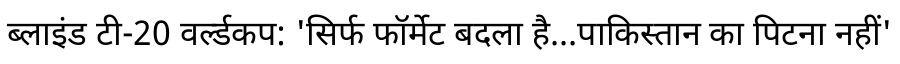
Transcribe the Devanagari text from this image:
ब्लाइंड टी-20 वर्ल्डकप: 'सिर्फ फॉर्मेट बदला है...पाकिस्तान का पिटना नहीं'